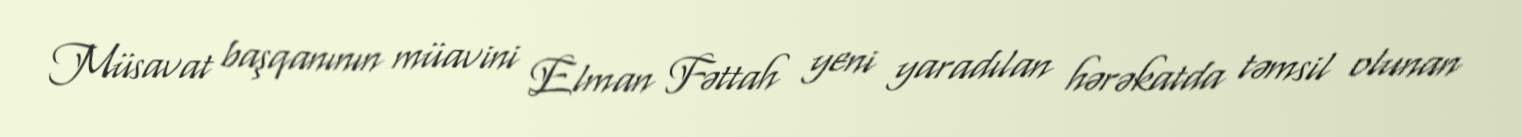
Müsavat başqanının müavini Elman Fəttah yeni yaradılan hərəkatda təmsil olunan